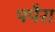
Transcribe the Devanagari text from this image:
पपैरा